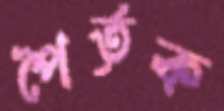
পৈর্তৃক